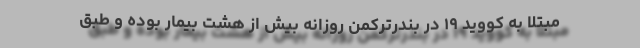
مبتلا به کووید ۱۹ در بندرترکمن روزانه بیش از هشت بیمار بوده و طبق